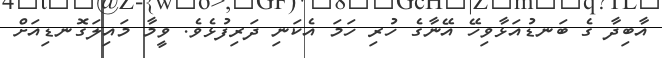
އާބިދާ ގެ ބަނޑުއަޅާވިހޭ އޭނާގެ ހުރި ހަމަ އެކަނި ދަރިފުޅެވެ. ވީމާ މައިލަގޮނޑިއަށް